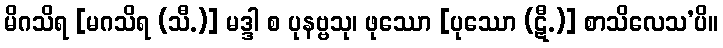
မိဂသိရ [မဂသိရ (သီ.)] မဒ္ဒါ စ ပုနဗ္ဗသု၊ ဖုဿော [ပုဿော (ဋီ.)] စာသိလေသ’ပိ။